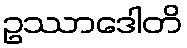
ဥဿာဒေါတိ